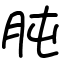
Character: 肫